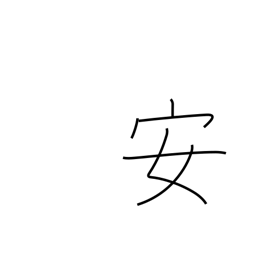
Meaning: peaceful